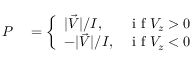
\begin{array} { r l } { P } & { { } = \left\{ \begin{array} { l l } { \lvert \Vec { V } \rvert / I , } & { \mathrm { ~ i ~ f ~ } V _ { z } > 0 } \\ { - \lvert \Vec { V } \rvert / I , } & { \mathrm { ~ i ~ f ~ } V _ { z } < 0 } \end{array} \right. } \end{array}